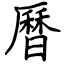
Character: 曆